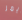
آيمز